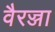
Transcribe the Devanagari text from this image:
वैरज्जा